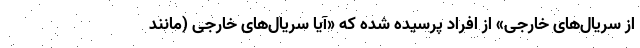
از سریال‌های خارجی» از افراد پرسیده شده که «آیا سریال‌های خارجی (مانند